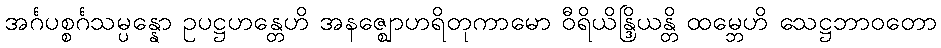
အင်္ဂပစ္စင်္ဂသမ္ပန္နော ဥပဋ္ဌဟန္တေဟိ အနဇ္ဈောဟရိတုကာမော ဝီရိယိန္ဒြိယန္တိ ထမ္ဘေဟိ သေဋ္ဌဘာဝတော